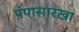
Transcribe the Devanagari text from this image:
पंपासारखा